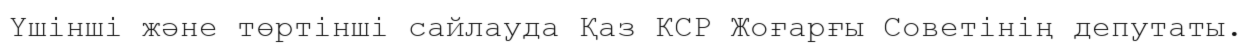
Үшінші және төртінші сайлауда Қаз КСР Жоғарғы Советінің депутаты.